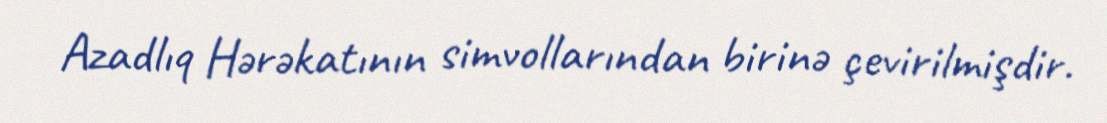
Azadlıq Hərəkatının simvollarından birinə çevirilmişdir.